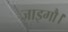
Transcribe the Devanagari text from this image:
जाइगौ।